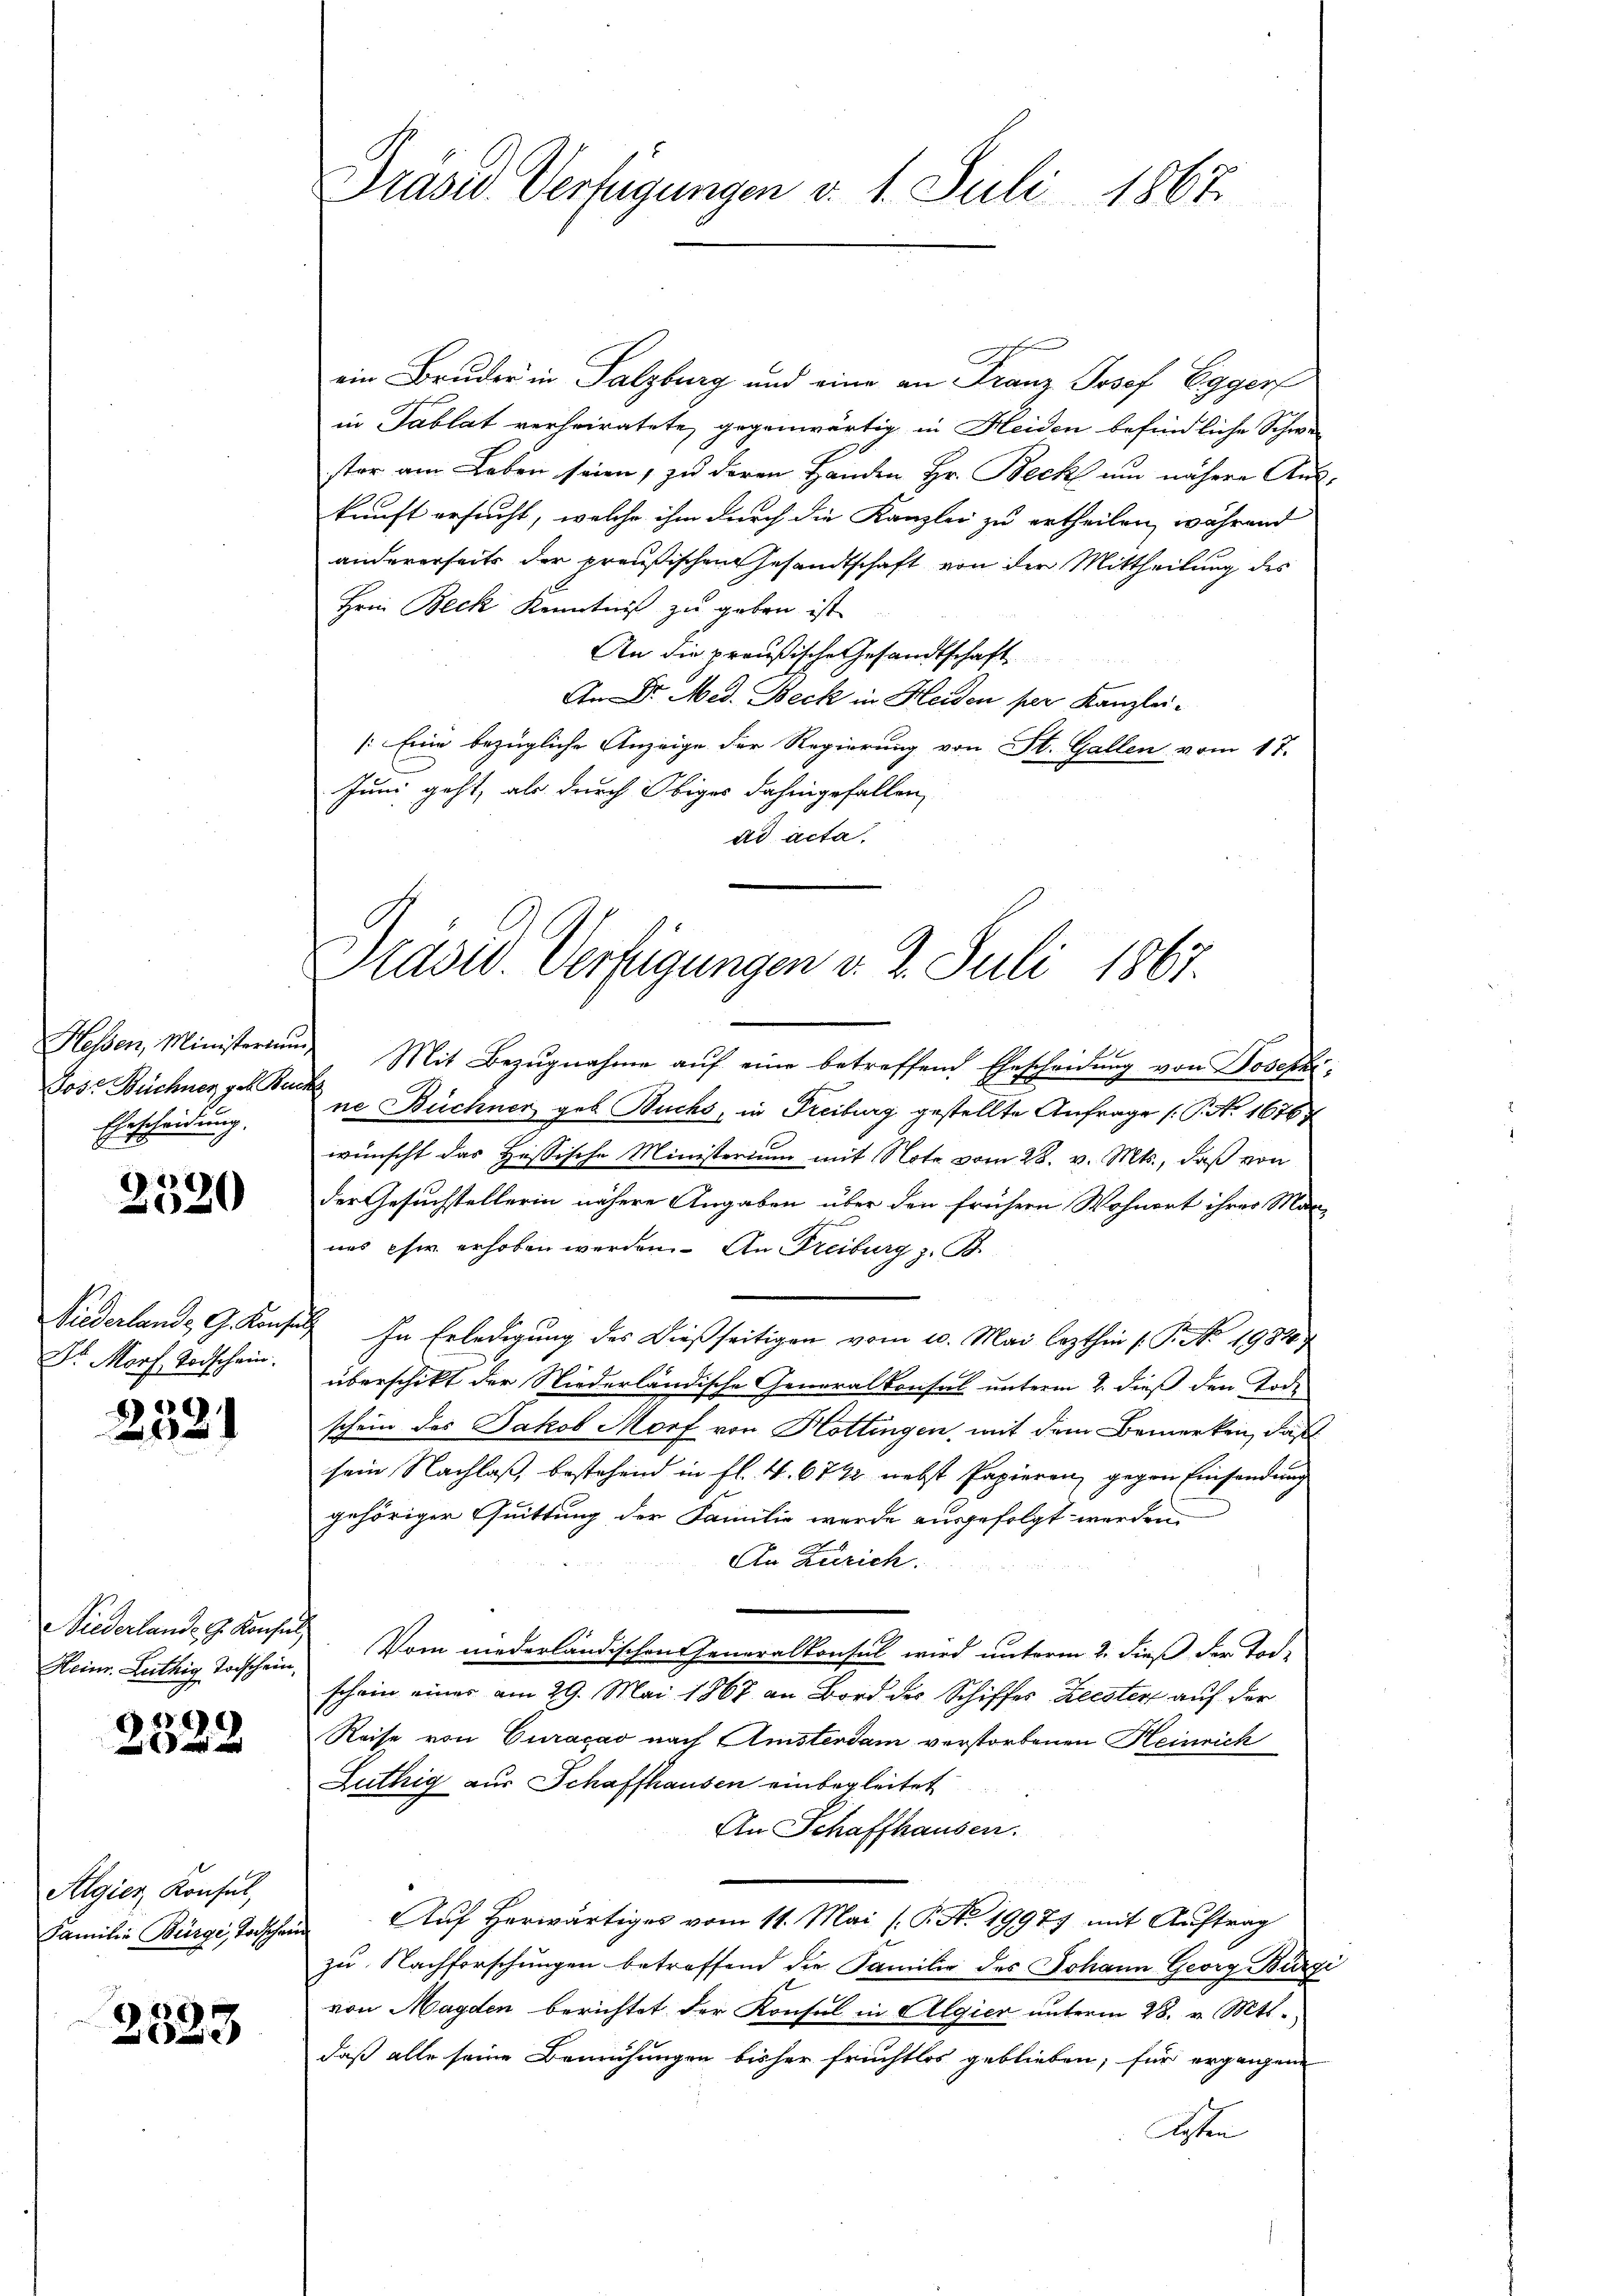
Helen, Ministerium
Jos. Büchner geb. Be
Ehescheidung.

.27)
1

Niederlande G. Konf
Dr. Morf Todschein.

e
x

Niderlande G. Konsul,
Heinr. Luthig Todschein,

9160

Algies Konsul,
Familie Bürge, Todschen

2523

Präsid Verfügungen v. 1. Juli 1867

ein Bruder in Salzburg und eine an Franz Josef Egger
in Tablat verheiratete, gegenwärtig in Heiden befindliche Schwer
ster am Leben seien, zu deren Handen Hr. Beck um nähere An-
kunft ersucht, welche ihm durch die Kanzlei zu ertheilen, während
andererseits der preußischen Gesandtschaft von der Mittheilung des
Hrei Beck Kenntniß zu geben ist
An die preußische Gesandtschaft
An Dr. Med. Beck in Heiden per Kanzlei¬
[Eine bezügliche Anzeige der Regierung von St. Gallen vom 17.
Juni geht, als durch Obiges dahingefallen,
ad acta.
„Mit Bezŭgnahme aŭf eine betreffend Ehescheidung von Josephi
ne Büchner geb. Buchs, in Freiburg gestellte Anfrage (T. N. 16767
wünscht das Hessische Ministerium mit Note vom 28. v. Mts., daß von
der Gesuchstellerin nähere Angaben über den frühern Wohnort ihrer Mannes chw. erhoben werden. An Freiburg z. B.
In Erledigung des dießseitigen vom 10. Mai lezthin (: P. No 1984.)
überschikt der Niederländische Generalkonsul unterm 2. dieß den Tode
schein des Jakob Morf von Hottingen, mit dem Bemerken, daß
sein Nachlaß, bestehend in fl. 4. 6742 nebst Papieren, gegen Einsendung
gehöriger Quittung der Familie werde ausgefolgt werden.
An Zürich.
Vom niederländischen Generalkonsul wird unterm 2. dieß der Tod-
schein einer am 29. Mai 1867 an Bord des Schiffes Kecster auf der
Reise von Curacao nach Amsterdam verstorbenen Heinrich
Zuthig aus Schaffhausen einbegleitet
An Schaffhausen.
Auf herwärtiges vom 11. Mai (P. No. 19977 mit Auftrag
zu Nachforschungen betreffend die Familie des Johann Georg Bürge
von Magden berichtet der Konsul in Algier unterm 28. v. Mts.
daß alle seine Bemühungen bisher fruchtlos geblieben, für ergangene
Kosten

Prdsid. Verfügungen v. 2. Juli 1867.